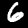
Label: 6